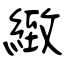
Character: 緻